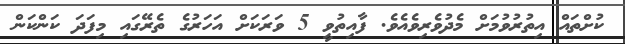
ކުށްތައް އިތުރުވުމަށް މެދުވެރިވެއެވެ. ފާއިތުވީ 5 ވަރަކަށް އަހަރުގެ ތެރޭގައި މިފަދަ ކަންކަން